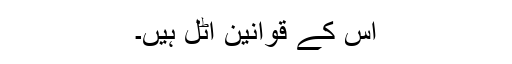
اس کے قوانین اٹل ہیں۔